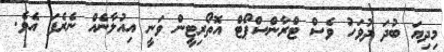
މިދިޔަ ބުދަ ދުވަހު ވެސް ޓްރާންސްޕޯޓް އޮތޯރިޓީން ވަނީ އިއުލާނެއް ނެެރެފަ އެވެ.